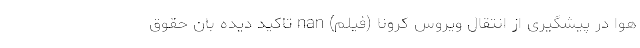
هوا در پیشگیری از انتقال ویروس کرونا (فیلم) nan تاکید دیده بان حقوق